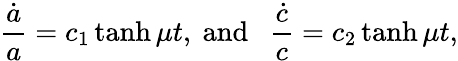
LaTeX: \frac{\dot{a}}{a}=c_{1}\operatorname{tanh}{\mu t},~\mathrm{and}~~~\frac{\dot{c}}{c}=c_{2}\operatorname{tanh}{\mu t},